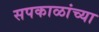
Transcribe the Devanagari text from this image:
सपकाळांच्या